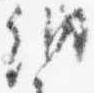
納